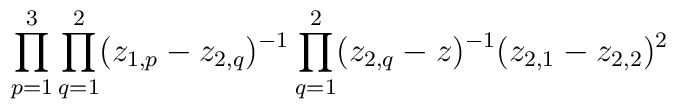
\prod_{p=1}^3\prod_{q=1}^2(z_{1,p}-z_{2,q})^{-1}\prod_{q=1}^2(z_{2,q}-z)^{-1}(z_{2,1}-z_{2,2})^2